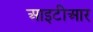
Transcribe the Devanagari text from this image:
आइटीआर